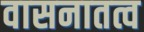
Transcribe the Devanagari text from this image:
वासनातत्व